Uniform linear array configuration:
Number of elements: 64
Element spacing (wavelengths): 0.75
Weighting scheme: blackman
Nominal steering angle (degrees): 0
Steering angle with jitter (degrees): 1.395
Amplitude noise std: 0.05
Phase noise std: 0.05

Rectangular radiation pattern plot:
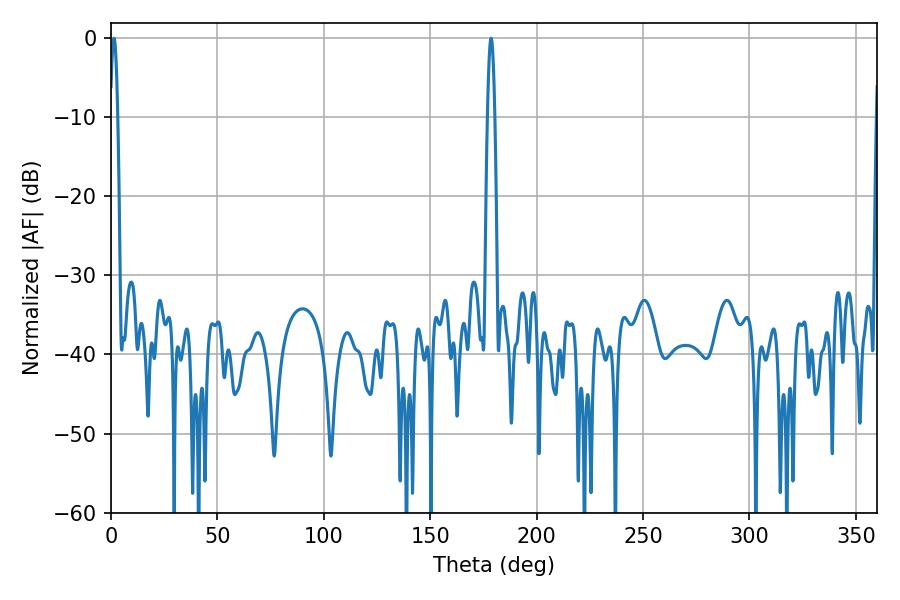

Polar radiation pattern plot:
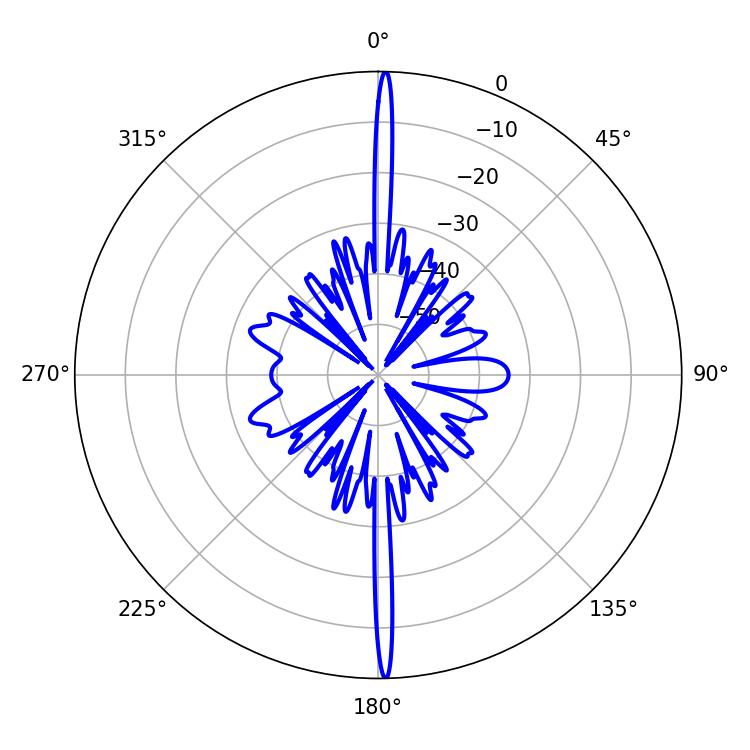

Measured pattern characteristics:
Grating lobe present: TRUE
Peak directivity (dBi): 30.635
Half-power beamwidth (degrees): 1.8
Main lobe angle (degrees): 178.56